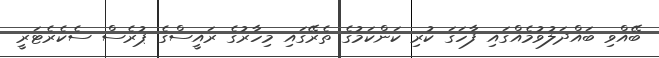
ބޭއްވި ބައްދަލުވުމެއްގައި ފާހަގަ ކުރި ކަންކަމުގެ ތެރޭގައި މިހާރުގެ ރައީސްގެ ޕުރެސް ސެކެރެޓަރީ